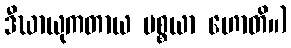
ဒီဃာယုကတာယ ပစ္စယာ ဟောတိ။)